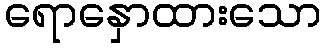
ရောနှောထားသော